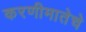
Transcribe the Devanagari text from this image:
करणीमातेचे